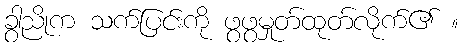
ခွာညိုက သက်ပြင်းကို ဖွဖွမှုတ်ထုတ်လိုက်၏ ။